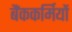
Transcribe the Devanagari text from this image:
बैंककर्मियों